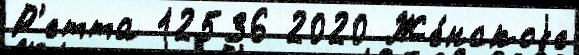
Р'етта 12536 2020 Же́нскоjе